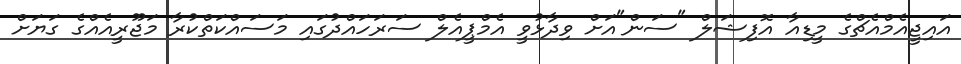
އައިޖީއެމްއެޗްގެ މީޑިއާ އޮފިޝަލް "ސަން"އަށް ވިދާޅުވީ އެމްޕީއެލް ސަރަހައްދުގައި މަސައްކަތްކުރާ މަޖޫރީއެއްގެ ގަޔަށް